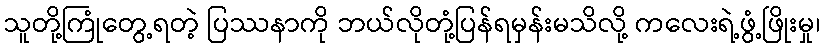
သူတို့ကြုံတွေ့ရတဲ့ ပြဿနာကို ဘယ်လိုတုံ့ပြန်ရမှန်းမသိလို့ ကလေးရဲ့ဖွံ့ဖြိုးမှု၊